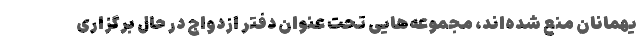
یهمانان منع شده‌اند، مجموعه‌هایی تحت عنوان دفتر ازدواج در حال برگزاری